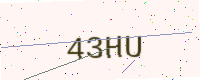
Text: 43HU